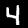
Label: 4